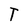
Character: T